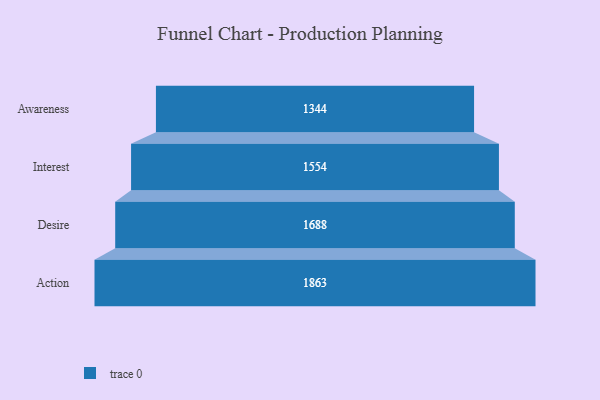
{"axis": {"x": "Stage", "y": "Value"}, "legend": [""], "data": [{"x": "Awareness", "y": 1344.0, "type": ""}, {"x": "Interest", "y": 1554.0, "type": ""}, {"x": "Desire", "y": 1688.0, "type": ""}, {"x": "Action", "y": 1863.0, "type": ""}]}